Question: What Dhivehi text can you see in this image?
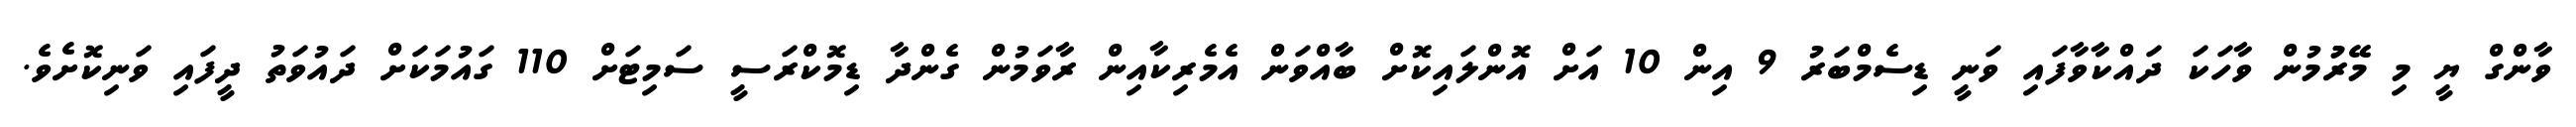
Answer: ވާންގް ޔީ މި މޭރުުމުން ވާހަކަ ދައްކާވާފައި ވަނީ ޑިސެމްބަރު 9 އިން 10 އަށް އޮންލައިކޮށް ބާއްވަން އެމެރިކާއިން ރާވަމުން ގެންދާ ޑިމޮކްރަސީ ސަމިޓަށް 110 ގައުމަކަށް ދައުވަތު ދީފައި ވަނިކޮށެވެ.